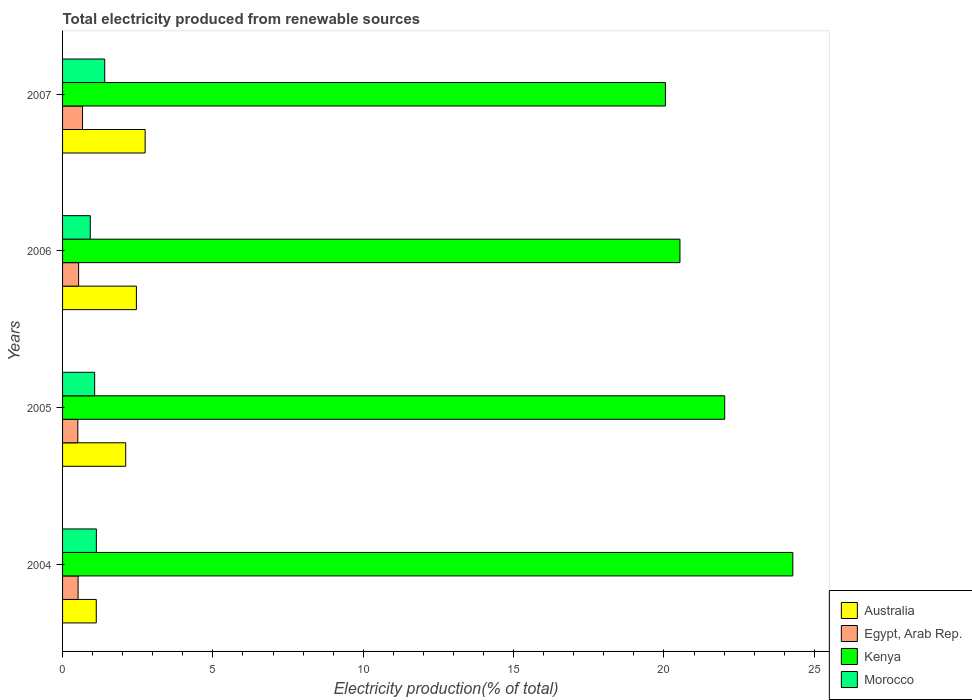
| Years | Australia | Egypt, Arab Rep. | Kenya | Morocco |
 | --- | --- | --- | --- | --- |
 | 2004 | 1.12 | 0.516 | 24.3 | 1.12 |
 | 2005 | 2.1 | 0.508 | 22 | 1.07 |
 | 2006 | 2.46 | 0.534 | 20.5 | 0.921 |
 | 2007 | 2.75 | 0.664 | 20 | 1.4 |